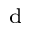
\mathrm { _ d }